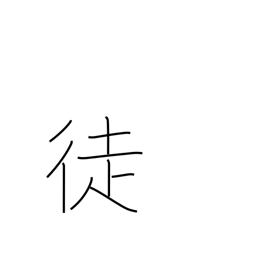
Meaning: people